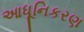
આધૂનિકરણ